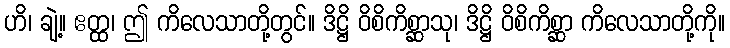
ဟိ၊ ချဲ့။ ဧတ္ထ၊ ဤ ကိလေသာတို့တွင်။ ဒိဋ္ဌိ ဝိစိကိစ္ဆာသု၊ ဒိဋ္ဌိ ဝိစိကိစ္ဆာ ကိလေသာတို့ကို။